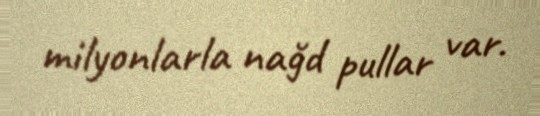
milyonlarla nağd pullar var.